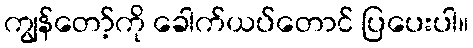
ကျွန်တော့်ကို ခေါက်ယပ်တောင် ပြပေးပါ။